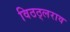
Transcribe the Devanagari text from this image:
विठठ्लराव